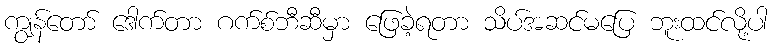
ကျွန်တော် ဒေါက်တာ ဂက်စ်ဘီဆီမှာ ဖြေခဲ့ရတာ သိပ်အဆင်မပြေ ဘူးထင်လို့ပါ